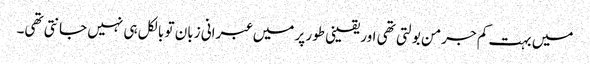
میں بہت کم جرمن بولتی تھی اور یقینی طور پر میں عبرانی زبان تو بالکل ہی نہیں جانتی تھی۔